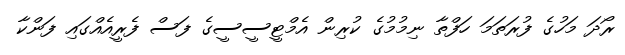
ރޯދަ މަހުގެ ފުރަތަމަ ހަފްތާ ނިމުމުގެ ކުރިން އެމްޓީސީސީގެ ފަސް ފެރީއެއްގައި ފަންކާ